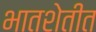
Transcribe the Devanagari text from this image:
भातशेतीत